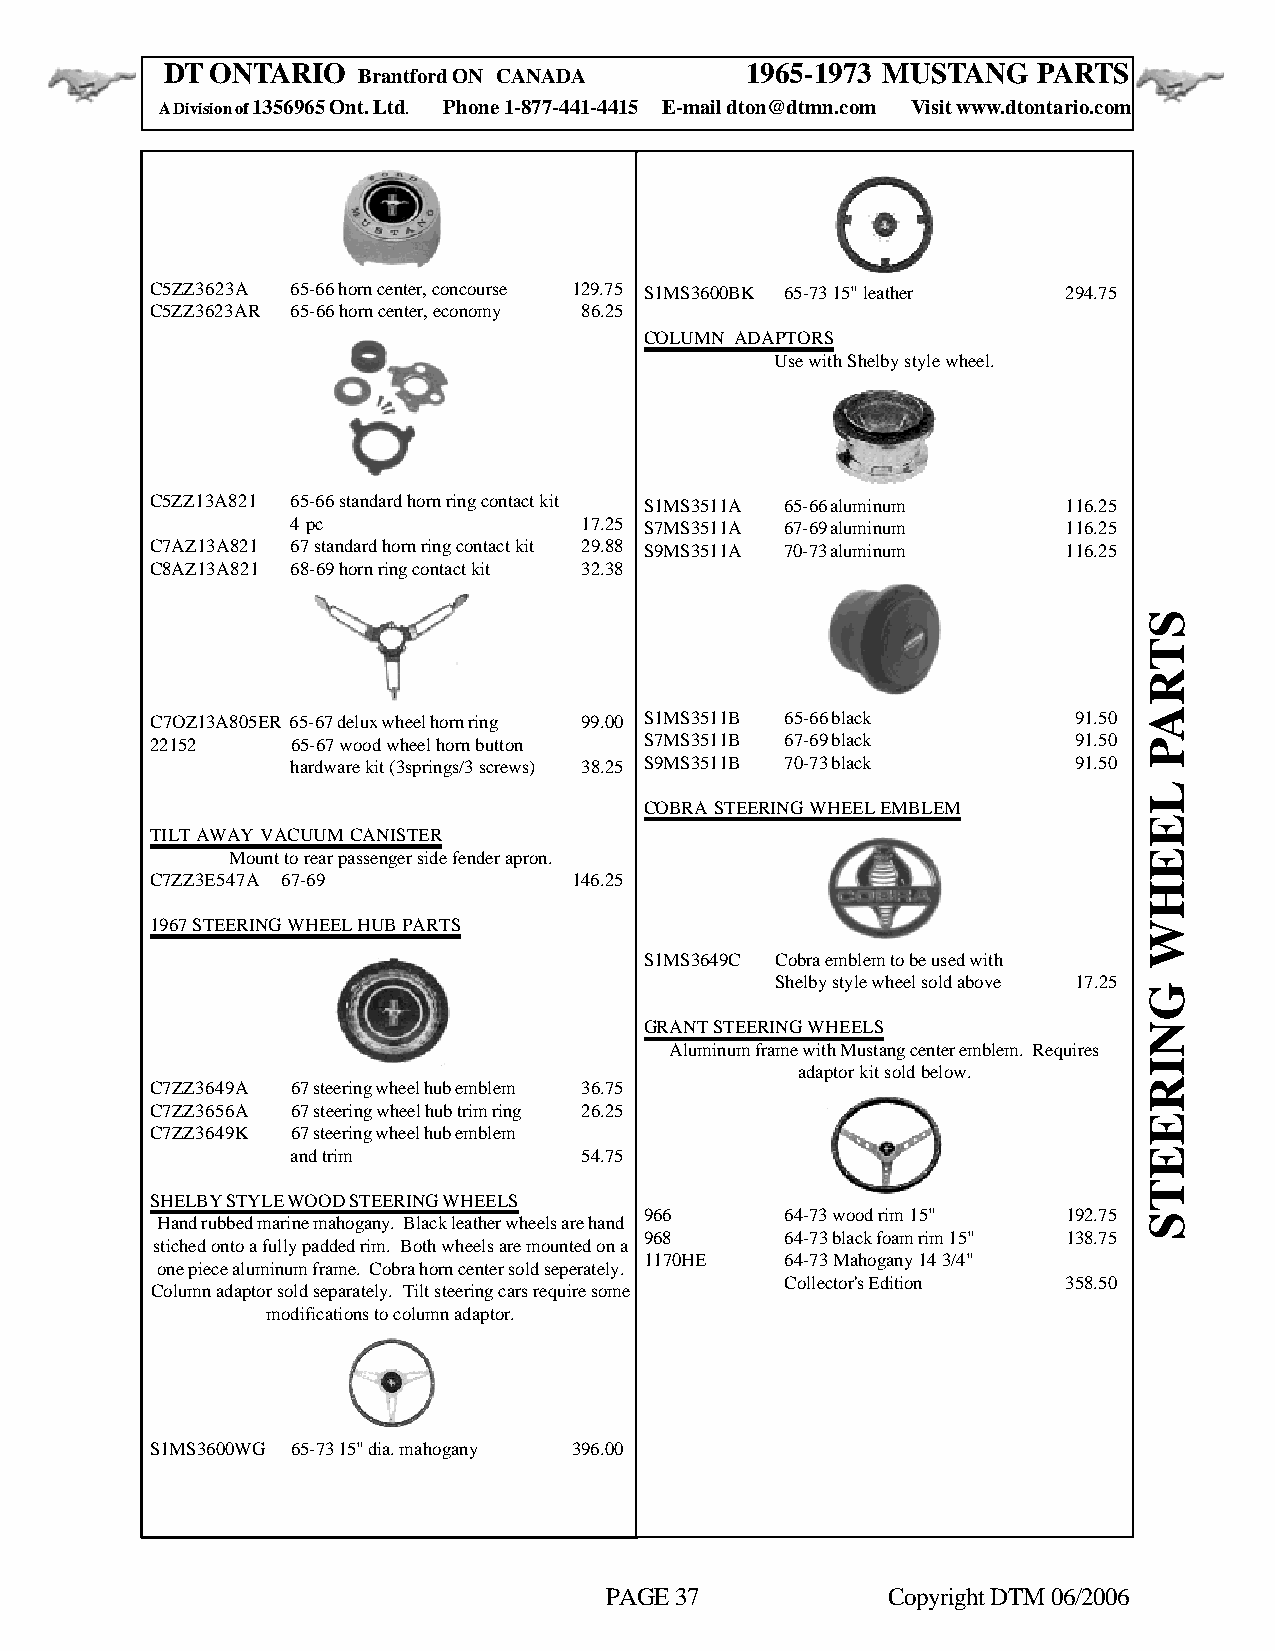
DT ONTARIO                            1965-1973 MUSTANG   PARTS
 Brantford ON CANADA
 A Division of 1356965 Ont. Ltd. Phone 1-877-441-4415 E-mail dton@dtmn.com Visit www.dtontario.com
 C5ZZ3623A 65-66 horn center, concourse 129.75 S1MS3600BK 65-73 15" leather 294.75
 C5ZZ3623AR 65-66 horn center, economy 86.25
 COLUMN ADAPTORS
 Use with Shelby style wheel.
 C5ZZ13A821 65-66 standard horn ring contact kit S1MS3511A 65-66 aluminum 116.25
 4 pc               17.25 S7MS3511A 67-69 aluminum   116.25
 C7AZ13A821 67 standard horn ring contact kit 29.88 S9MS3511A 70-73 aluminum 116.25
 C8AZ13A821 68-69 horn ring contact kit 32.38
 C7OZ13A805ER 65-67 delux wheel horn ring 99.00 S1MS3511B 65-66 black 91.50
 22152    65-67 wood wheel horn button S7MS3511B 67-69 black  91.50
 hardware kit (3springs/3 screws) 38.25 S9MS3511B 70-73 black 91.50
 COBRA STEERING WHEEL EMBLEM
 TILT AWAY VACUUM CANISTER
 Mount to rear passenger side fender apron.
 C7ZZ3E547A 67-69            146.25
 1967 STEERING WHEEL HUB PARTS
 S1MS3649C Cobra emblem to be used with
 Shelby style wheel sold above 17.25
 GRANT STEERING WHEELS
 Aluminum frame with Mustang center emblem. Requires
 adaptor kit sold below.
 C7ZZ3649A 67 steering wheel hub emblem 36.75
 C7ZZ3656A 67 steering wheel hub trim ring 26.25
 C7ZZ3649K 67 steering wheel hub emblem
 and trim           54.75
 SHELBY STYLE WOOD STEERING WHEELS
 966      64-73 wood rim 15" 192.75
 Hand rubbed marine mahogany. Black leather wheels are hand
 968      64-73 black foam rim 15" 138.75
 stiched onto a fully padded rim. Both wheels are mounted on a
 1170HE   64-73 Mahogany 14 3/4"
 one piece aluminum frame. Cobra horn center sold seperately.
 Collector's Edition 358.50
 Column adaptor sold separately. Tilt steering cars require some
 modifications to column adaptor.
 S1MS3600WG 65-73 15" dia. mahogany 396.00
 PAGE 37            Copyright DTM 06/2006
 STRAP
 LEEHW
 GNIREETS